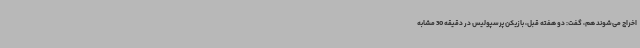
اخراج می‌شوند هم، گفت:‌ دو هفته قبل، بازیکن پرسپولیس در دقیقه 30 مشابه